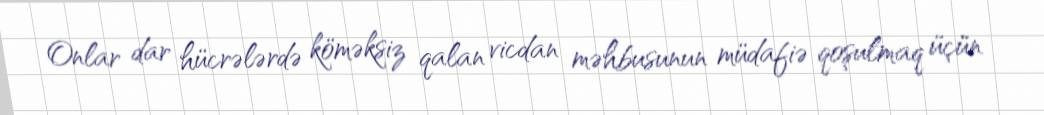
Onlar dar hücrələrdə köməksiz qalan vicdan məhbusunun müdafiə qoşulmaq üçün